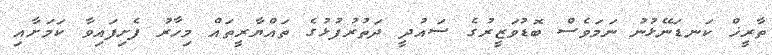
ތާރީޚް ކަނޑަނޭޅުނު ނަމަވެސް ބޮޑުވަޒީރުގެ ސައުދީ ދަތުރުފުޅުގެ ތައްޔާރީތައް މިހާރު ފެށިފައިވާ ކަމަށާއި